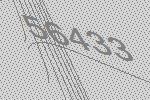
56433